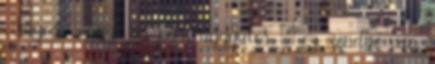
világos - mert az párttaggyűlés – ez rendbe van.